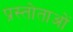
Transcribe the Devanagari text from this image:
प्रस्तोताओं